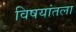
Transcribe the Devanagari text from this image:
विषयांतला